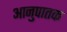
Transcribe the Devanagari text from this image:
आनुपातक